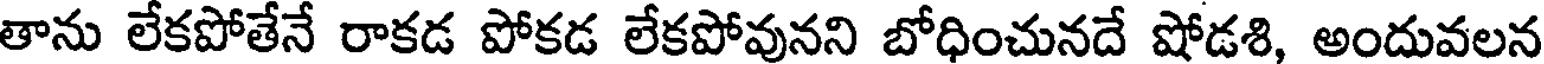
తాను లేకపోతేనే రాకడ పోకడ లేకపోవునని బోధించునదే షోడశి, అందువలన